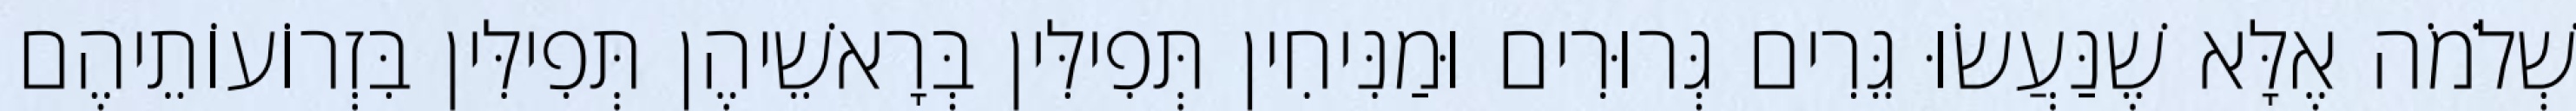
שְׁלֹמֹה אֶלָּא שֶׁנַּעֲשׂוּ גֵּרִים גְּרוּרִים וּמַנִּיחִין תְּפִילִּין בְּרָאשֵׁיהֶן תְּפִילִּין בִּזְרוֹעוֹתֵיהֶם